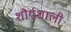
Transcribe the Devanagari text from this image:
शौर्यशाली